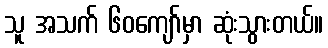
သူ အသက် ၆၀ကျော်မှာ ဆုံးသွားတယ်။